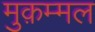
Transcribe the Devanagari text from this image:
मुक़म्मल